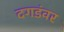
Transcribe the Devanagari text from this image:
दगडंवर